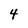
Character: 4